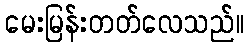
မေးမြန်းတတ်လေသည်။